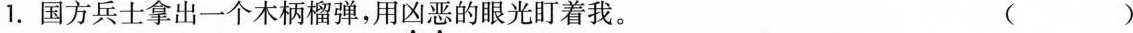
1.国方兵士拿出一个木柄榴弹，用凶恶的眼光盯着我。 （ ）